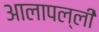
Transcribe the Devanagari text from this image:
आलापल्ली